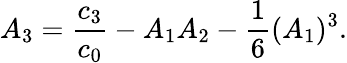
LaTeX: A_{3}={\frac{c_{3}}{c_{0}}}-A_{1}A_{2}-{\frac{1}{6}}(A_{1})^{3}.